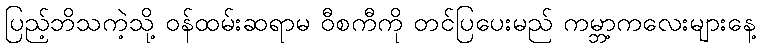
ပြည့်ဘိသကဲ့သို့ ဝန်ထမ်းဆရာမ ဝီစကီကို တင်ပြပေးမည် ကမ္ဘာ့ကလေးများနေ့